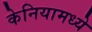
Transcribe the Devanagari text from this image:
केनियामध्ये